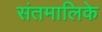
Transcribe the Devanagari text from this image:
संतमालिके